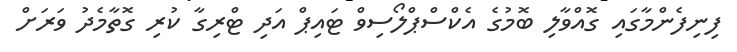
ފިނިފެންމާގައި ގޮއްވާލި ބޮމުގެ އެކްސްޕްލޯސިވް ޓައިޕް އަދި ޓްރިގާ ކުރި ގޮތާމެދު ވަރަށް